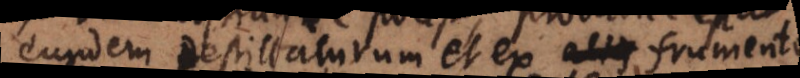
eundem destillaturum et ex frumento